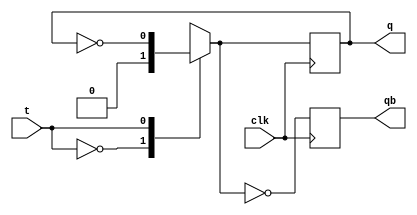
module tff(
    input t, clk,
    output reg q, qb
    );
    
    initial
    q=1'b0;

    always @(posedge clk)
    begin
        case(t)
            1'b0:q=0;
            1'b1:q=~q;
        endcase
    qb=~q;
    end
    
endmodule